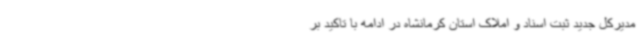
مدیرکل جدید ثبت اسناد و املاک استان کرمانشاه در ادامه با تاکید بر